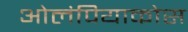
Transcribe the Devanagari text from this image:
ओलंपियाकोस